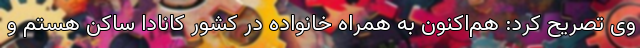
وی تصریح کرد: هم‌اکنون به همراه خانواده در کشور کانادا ساکن هستم و